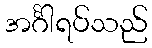
အင်္ဂါရပ်သည်